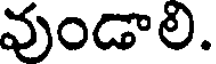
వుండాలి.